Civil Veterinary Department Bihar & Orissa reports 1922-29 - 1922-1929
Year: 1922
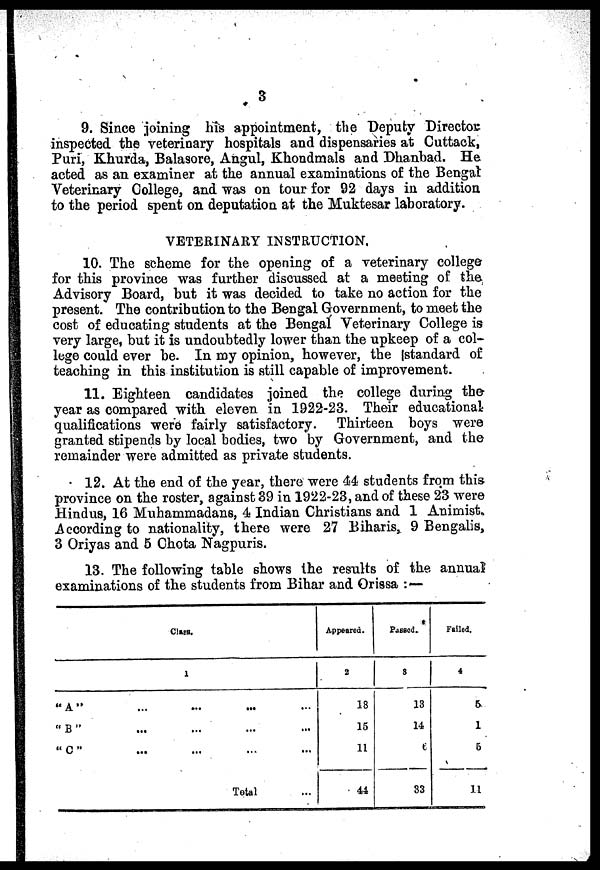
3
9. Since joining his appointment, the Deputy Director
inspected the veterinary hospitals and dispensaries at Cuttack,
Puri, Khurda, Balasore, Angul, Khondraals and Dhanbad. He
acted as an examiner at the annual examinations of the Bengal
Veterinary College, and was on tour for 92 days in addition
to the period spent on deputation at the Muktesar laboratory.
VETERINARY INSTRUCTION.
10. The scheme for the opening of a veterinary college
for this province was further discussed at a meeting of the
Advisory Board, but it was decided to take no action for the
present. The contribution to the Bengal Government, to meet the
cost of educating students at the Bengal Veterinary College is
very large, but it is undoubtedly lower than the upkeep of a col-
lege could ever be. In my opinion, however, the Istandard of
teaching in this institution is still capable of improvement.
11. Eighteen candidates joined the college during the
year as compared with eleven in 1922-23. Their educational
qualifications were fairly satisfactory. Thirteen boys were
granted stipends by local bodies, two by Government, and the
remainder were admitted as private students.
12. At the end of the year, there were 44 students from this
province on the roster, against 39 in 1922-23, and of these 23 were
Hindus, 16 Muhammadans, 4 Indian Christians and 1 Animist.
According to nationality, there were 27 Biharis, 9 Bengalis,
3 Oriyas and 5 Chota Nagpuris.
13. The following table shows the results of the annual
examinations of the students from Bihar and Orissa :—
Clan.
1
"A"......
...
"
B
"
...
...
" C "
...
......
Total
Appeared.
2
18
15
11
44
Passed
8
13
14
e
33
Failed.
4
&
1
6
11